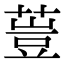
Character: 䔇